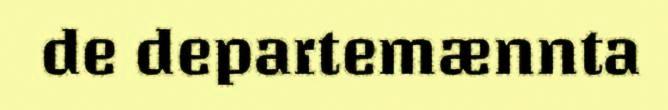
de departemænnta